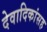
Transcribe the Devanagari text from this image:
देवादिकांसह